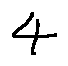
4